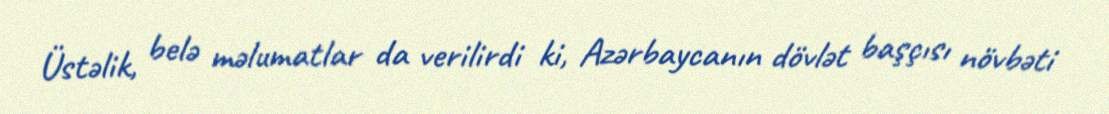
Üstəlik, belə məlumatlar da verilirdi ki, Azərbaycanın dövlət başçısı növbəti